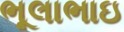
ભૂલાભાઇ